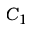
C _ { 1 }